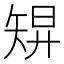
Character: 𥏓